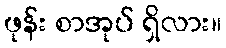
ဖုန်း စာအုပ် ရှိလား။